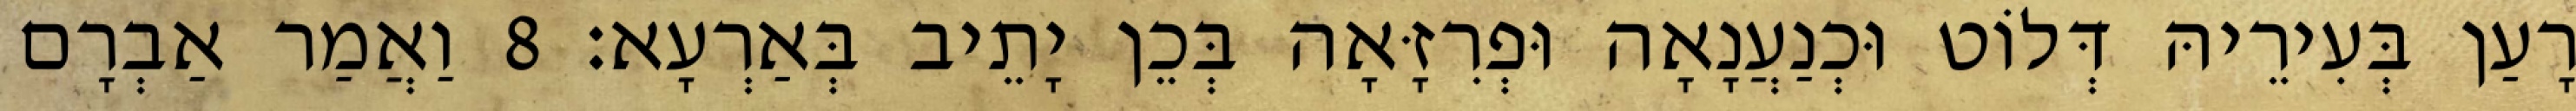
רָעַן בְּעִירֵיהּ דְּלוֹט וּכְנַעֲנָאָה וּפְרִזָּאָה בְּכֵן יָתֵיב בְּאַרְעָא׃ 8 וַאֲמַר אַבְרָם